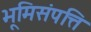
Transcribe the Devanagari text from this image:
भूमिसंपत्ति